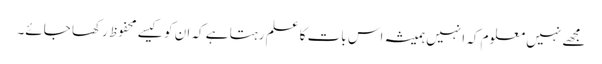
مجھے نہیں معلوم کہ انہیں ہمیشہ اس بات کا علم رہتا ہے کہ ان کو کیسے محفوظ رکھا جائے۔